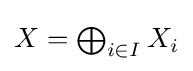
{\textstyle X=\bigoplus _{i\in I}X_{i}}